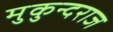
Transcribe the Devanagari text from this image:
मुकुन्दराज